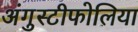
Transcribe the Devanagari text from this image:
अंगुस्टीफोलिया